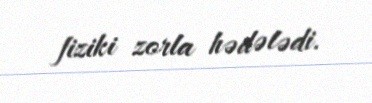
fiziki zorla hədələdi.